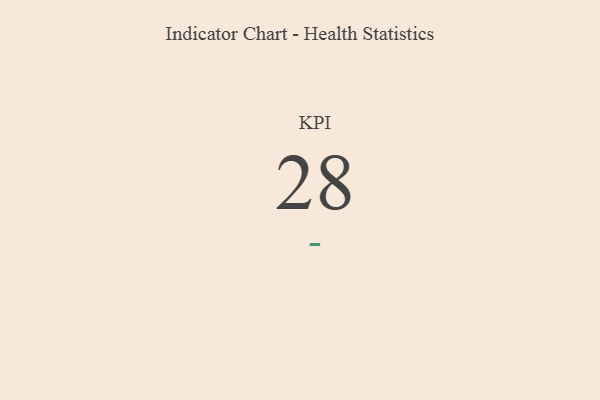
{"axis": {"x": "KPI", "y": "Value"}, "legend": [""], "data": [{"x": "KPI", "y": 28, "type": ""}]}